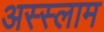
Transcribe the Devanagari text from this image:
अस्‍स्‍लाम